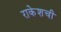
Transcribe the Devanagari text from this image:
राकेशची